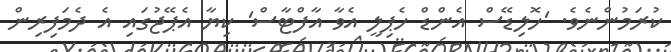
ކުރަމުންނެވެ. 'ހޮލިޑޭސް އެންޑް ހެޕިލީ އެވާ އާފްޓާސް' ކިޔާ އެޕޭޖުގައި އެ ދެމަފިރިން